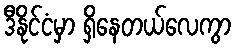
ဒီနိုင်ငံမှာ ရှိနေတယ်လေကွာ